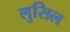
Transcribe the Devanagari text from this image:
लुसिल